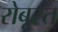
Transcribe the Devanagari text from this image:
रोबूस्त